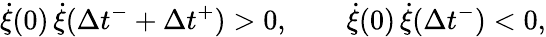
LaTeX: \dot{\xi}(0)\, \dot{\xi}(\Delta{t}^{-}+\Delta{t}^{+})>0,\qquad\dot{\xi}(0)\, \dot{\xi}(\Delta{t}^{-})<0,